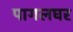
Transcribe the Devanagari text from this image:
पागलघर